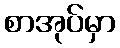
စာအုပ်မှာ